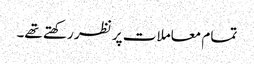
تمام معاملات پر نظر رکھتے تھے۔